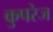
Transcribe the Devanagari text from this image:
कुपरेज